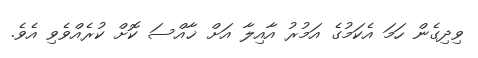
ވިދިގެން ހަމަ އެކަމުގެ އަމުރު އާއިލާ އަށް ޚާއްސަ ކޮށް ކުރެއްވެވި އެވެ.